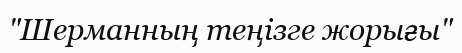
"Шерманның теңізге жорығы"